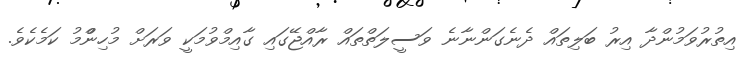
އިތުރުވަމުންދާ އިރު ބަލިތައް ދެނެގަންނާނެ ވަސީލަތްތައް ރާއްޖޭގައި ގާއިމްވުމަކީ ވަރަށް މުހިންްމު ކަމެކެވެ.